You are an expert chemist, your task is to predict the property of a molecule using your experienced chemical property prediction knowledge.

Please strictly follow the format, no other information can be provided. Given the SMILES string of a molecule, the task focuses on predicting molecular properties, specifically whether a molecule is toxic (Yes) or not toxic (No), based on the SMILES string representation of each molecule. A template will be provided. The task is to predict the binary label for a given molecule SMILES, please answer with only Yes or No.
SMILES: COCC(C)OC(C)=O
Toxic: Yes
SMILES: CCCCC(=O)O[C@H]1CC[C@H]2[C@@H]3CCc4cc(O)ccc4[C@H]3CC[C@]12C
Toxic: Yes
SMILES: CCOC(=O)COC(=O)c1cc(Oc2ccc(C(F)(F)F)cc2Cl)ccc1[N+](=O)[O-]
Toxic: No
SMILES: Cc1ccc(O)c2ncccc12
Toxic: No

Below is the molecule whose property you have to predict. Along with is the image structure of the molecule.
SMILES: Oc1ccc(Cc2ccccc2)cc1
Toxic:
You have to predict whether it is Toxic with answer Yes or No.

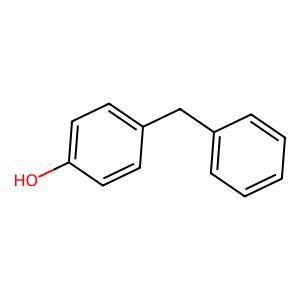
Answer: No